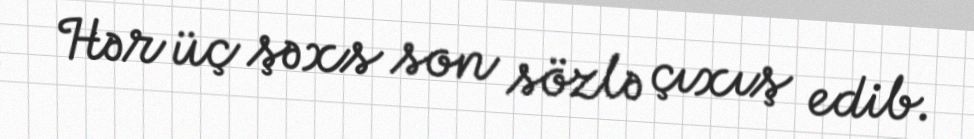
Hər üç şəxs son sözlə çıxış edib.